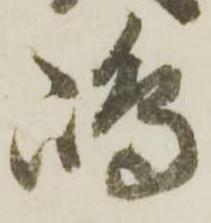
嶋